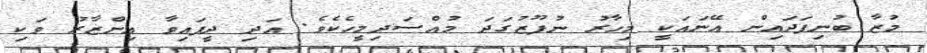
މުޒާ ބުނިފަދައިން އޭނައަކީ މިހާރު ނުފޫޒުގަދަ މުއްސަދިމީހެކެވެ. އަދި ދީފައިވާ އިންޒާރު ވަކި